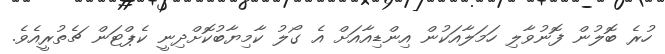
ހުރެ ބޮލުން ފޮނުވާލި ހަމަލާއަކުން އިންޑިއާއަށް އެ ގޯލު ކާމިޔާބުކޮށްދިނީ ކެޕްޓަން ޗެތުރީއެވެ.